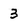
Character: 3